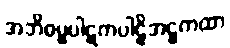
အဘိဓမ္ဓပါဋကပါဠိအဋ္ဌကထာ